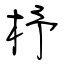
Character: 杼